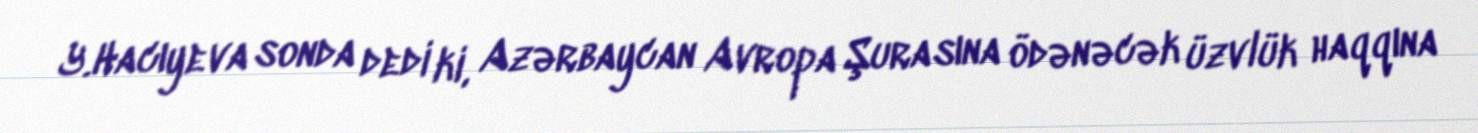
Y.Hacıyeva sonda dedi ki, Azərbaycan Avropa Şurasına ödənəcək üzvlük haqqına